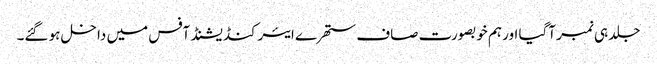
جلد ہی نمبر آگیا اور ہم خوبصورت صاف ستھرے ایئرکنڈیشنڈ آفس میں داخل ہو گئے۔